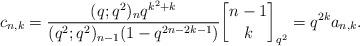
LaTeX: \begin{align*}c_{n,k}=\frac{(q;q^2)_n q^{k^2+k}}{(q^2;q^2)_{n-1}(1-q^{2n-2k-1})}{n-1\brack k}_{q^2}=q^{2k}a_{n,k}.\end{align*}